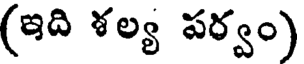
(ఇది ళల్య పర్వం)